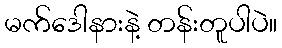
မက်ဒေါနားနဲ့ တန်းတူပါပဲ။